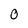
Character: 0